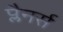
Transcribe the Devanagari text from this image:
प्लैनर्स